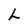
Character: L